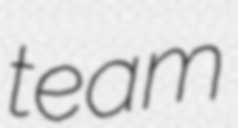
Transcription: team